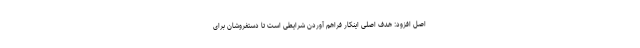
اصل افزود: هدف اصلی اینکار فراهم آوردن شرایطی است تا دستفروشان برای